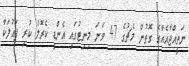
ނަތީއްޖާއެއްގެ ގޮތުން މެޗުގެ 47 ވަނަ މިނިޓުގައި އެންޑީ ކެރޮލް ކުރި ފައުލަކާ